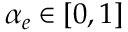
\alpha _ { e } \in [ 0 , 1 ]